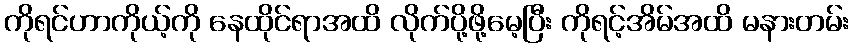
ကိုရင်ဟာကိုယ့်ကို နေထိုင်ရာအထိ လိုက်ပို့ဖို့မေ့ပြီး ကိုရင့်အိမ်အထိ မနားတမ်း